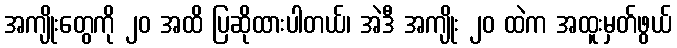
အကျိုးတွေကို ၂၀ အထိ ပြဆိုထားပါတယ်၊ အဲဒီ အကျိုး ၂၀ ထဲက အထူးမှတ်ဖွယ်